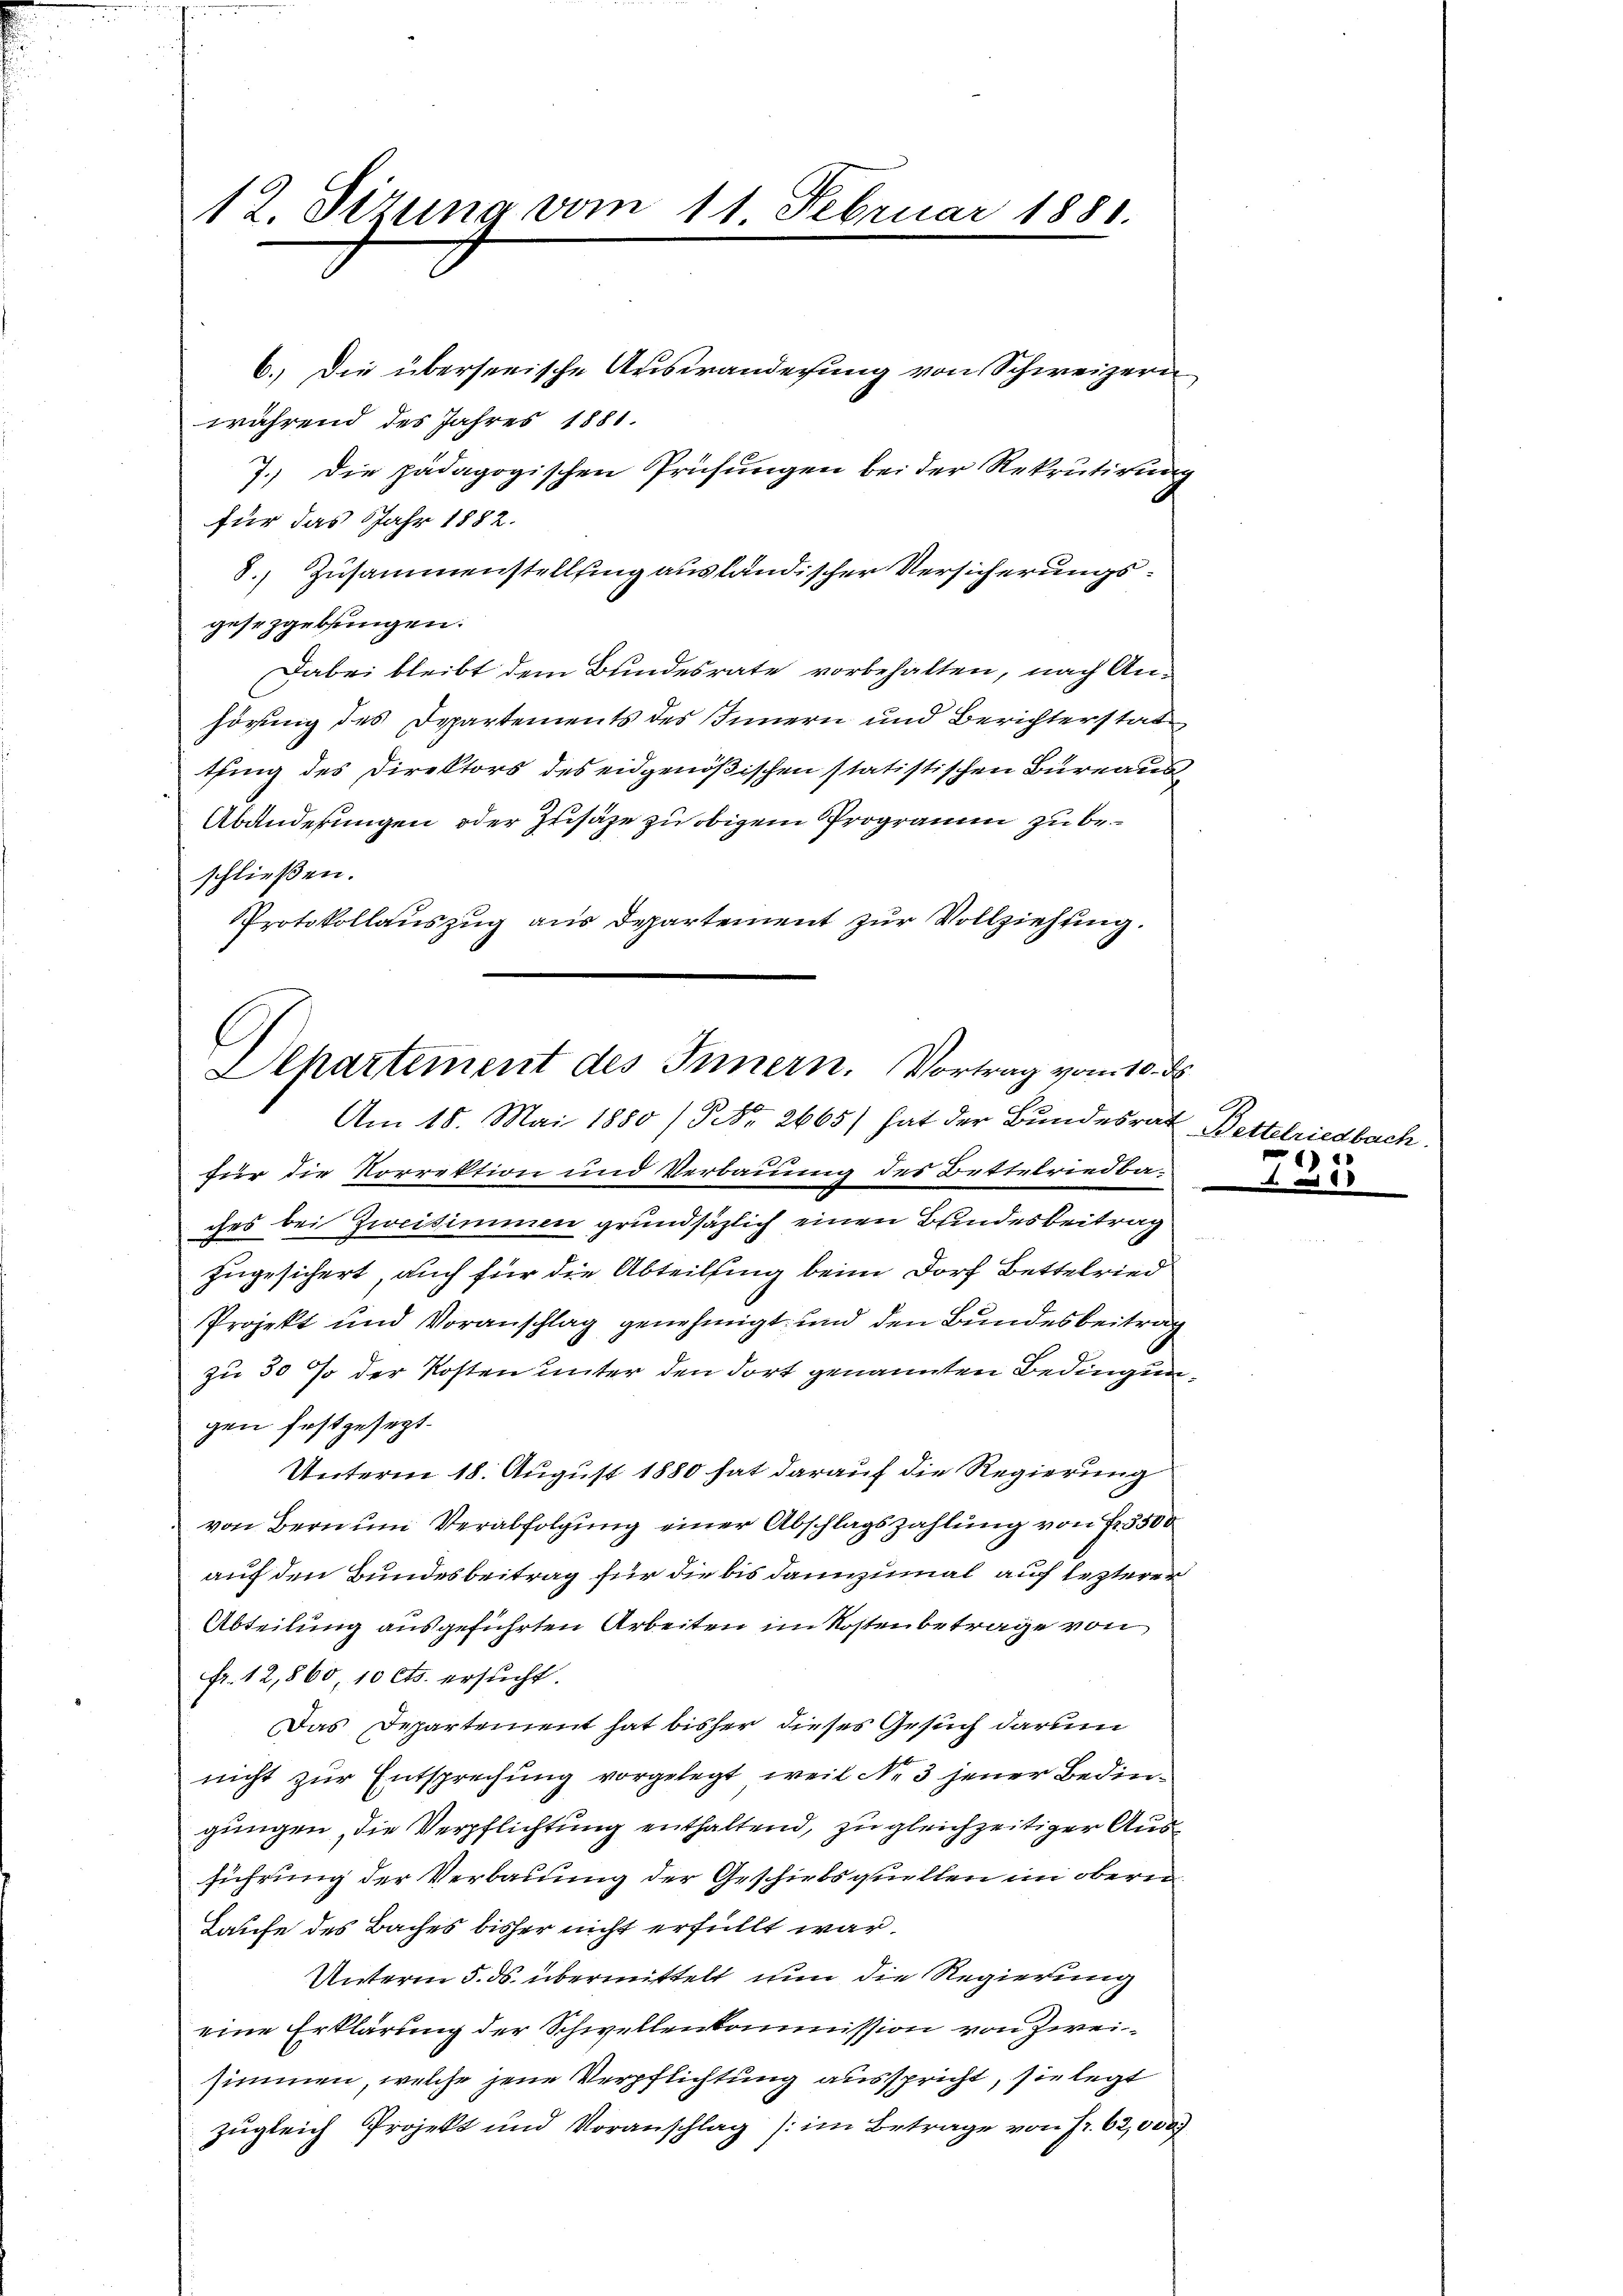
12. Sizung vom 11. Februar 1881.

6.) Die überseeische Auswanderung von Schweizern
während des Jahres 1881.
7. Die pädagogischen Prüfungen bei der Rekrutirung
für das Jahr 1882.
8.) Zusammenstelling ausländischer Versicherungsgesetzgebungen.
Dabei bleibt dem Bundesrate vorbehalten, nach An-
hörung des Departements des Innern und Berichterstat
thung des Direktors des eidgenößischen statistischen Bureaus
Abänderungen oder Zusätze zu obigem Programm zu beschließen.
Protokollauszug aus Departement zur Vollziehung.
für die Vorrektion und Verbauung des Bettelriedba-
ches bei Zweisimmen grundsäzlich einen Bundesbeitrag
zugesichert, auch für die Abteilung beim Dorf Bettelried
Projekt und Voranschlag genehmigt und den Bundesbeitrag
zu 30 % der Kosten unter den dort genannten Bedingungen festgesezt.
Unterm 18. August 1880 hat darauf die Regierung
von Bern um Verabfolgung einer Abschlagszahlung von Fr. 5500
auf den Bundesbeitrag für die bis dannzumal auch lezterer
Abteilung ausgeführten Arbeiten im Kosten betrage von
Fr. 12,860, 10 Cts. ersucht.
Das Departement hat bisher dieses Gesuch darum
nicht zur Entsprechung vorgelegt, weil No 3 jener Bedingungen, die Verpflichtung enthaltend, zugleichzeitiger Ausführung der Verbauung der Geschirbsquellen im obern
Laufe des Baches bisher nicht erfüllt war.
Unterm 5. ds. übermittelt nun die Regierung
eine Erklärung der Schwellenkommission von Zweisimmen, welche jene Verpflichtung ausspricht, sie legt
zugleich Projekt und Voranschlag (im Betrage von Fr. 62,000

Dehartement des Innern. Vortrag vom 10. d
Am 18. Mai 1850 / Nr. 2665) hat der Bundesrat Bettelriedbach.

795